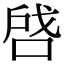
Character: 啔